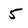
Character: 5